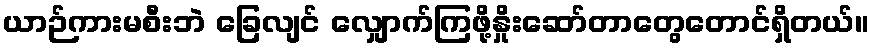
ယာဉ်ကားမစီးဘဲ ခြေလျင် လျှောက်ကြဖို့နှိုးဆော်တာတွေတောင်ရှိတယ်။